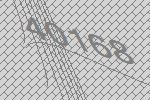
40168